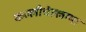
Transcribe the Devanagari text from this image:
कल्लीचेल्लम्मा